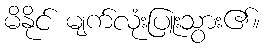
မိနိုင် မျက်လုံးပြူးသွား၏။